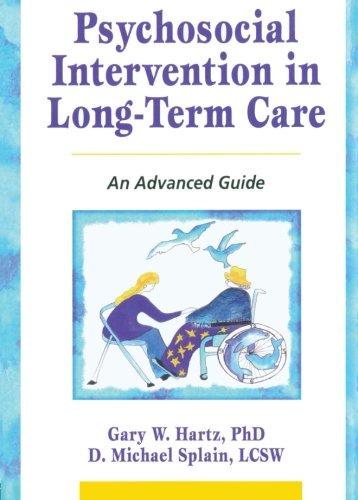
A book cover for Psychosocial Intervention in Long-Term Care: An Advanced Guide; Gary W Hartz; Medical Books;